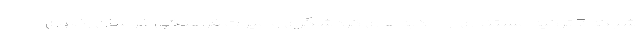
شبکه 7 ترکیه مستندی از جاذبه‌های گردشگری و میراث فرهنگی خراسان رضوی